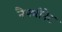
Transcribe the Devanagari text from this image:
नैफ्थीनेट